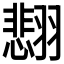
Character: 𫅰